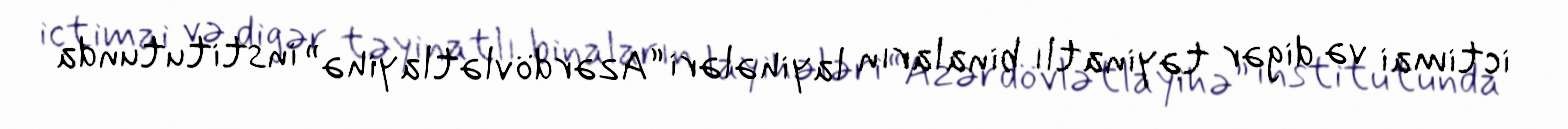
ictimai və digər təyinatlı binaların layihələri “Azərdövlətlayihə” institutunda